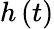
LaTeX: h\left(t\right)